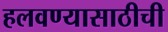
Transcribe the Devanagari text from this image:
हलवण्यासाठीची